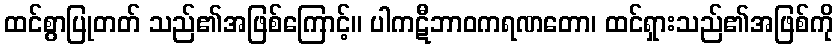
ထင်စွာပြုတတ် သည်၏အဖြစ်ကြောင့်။ ပါကဋီဘာဝကရဏတော၊ ထင်ရှားသည်၏အဖြစ်ကို